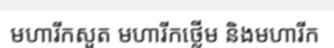
មហារីកសួត មហារីកថ្លើម និងមហារីក